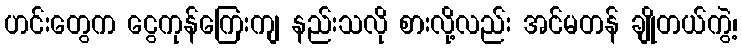
ဟင်းတွေက ငွေကုန်ကြေးကျ နည်းသလို စားလို့လည်း အင်မတန် ချိုတယ်ကွဲ့၊